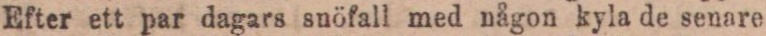
Efter ett par dagars snöfall med någon kyla de senare